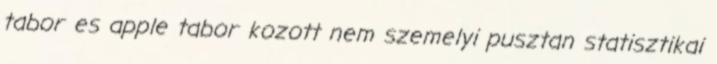
tabor es apple tabor kozott nem szemelyi pusztan statisztikai